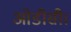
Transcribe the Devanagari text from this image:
ओडीसी।